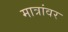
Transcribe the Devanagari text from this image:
मात्रांवर